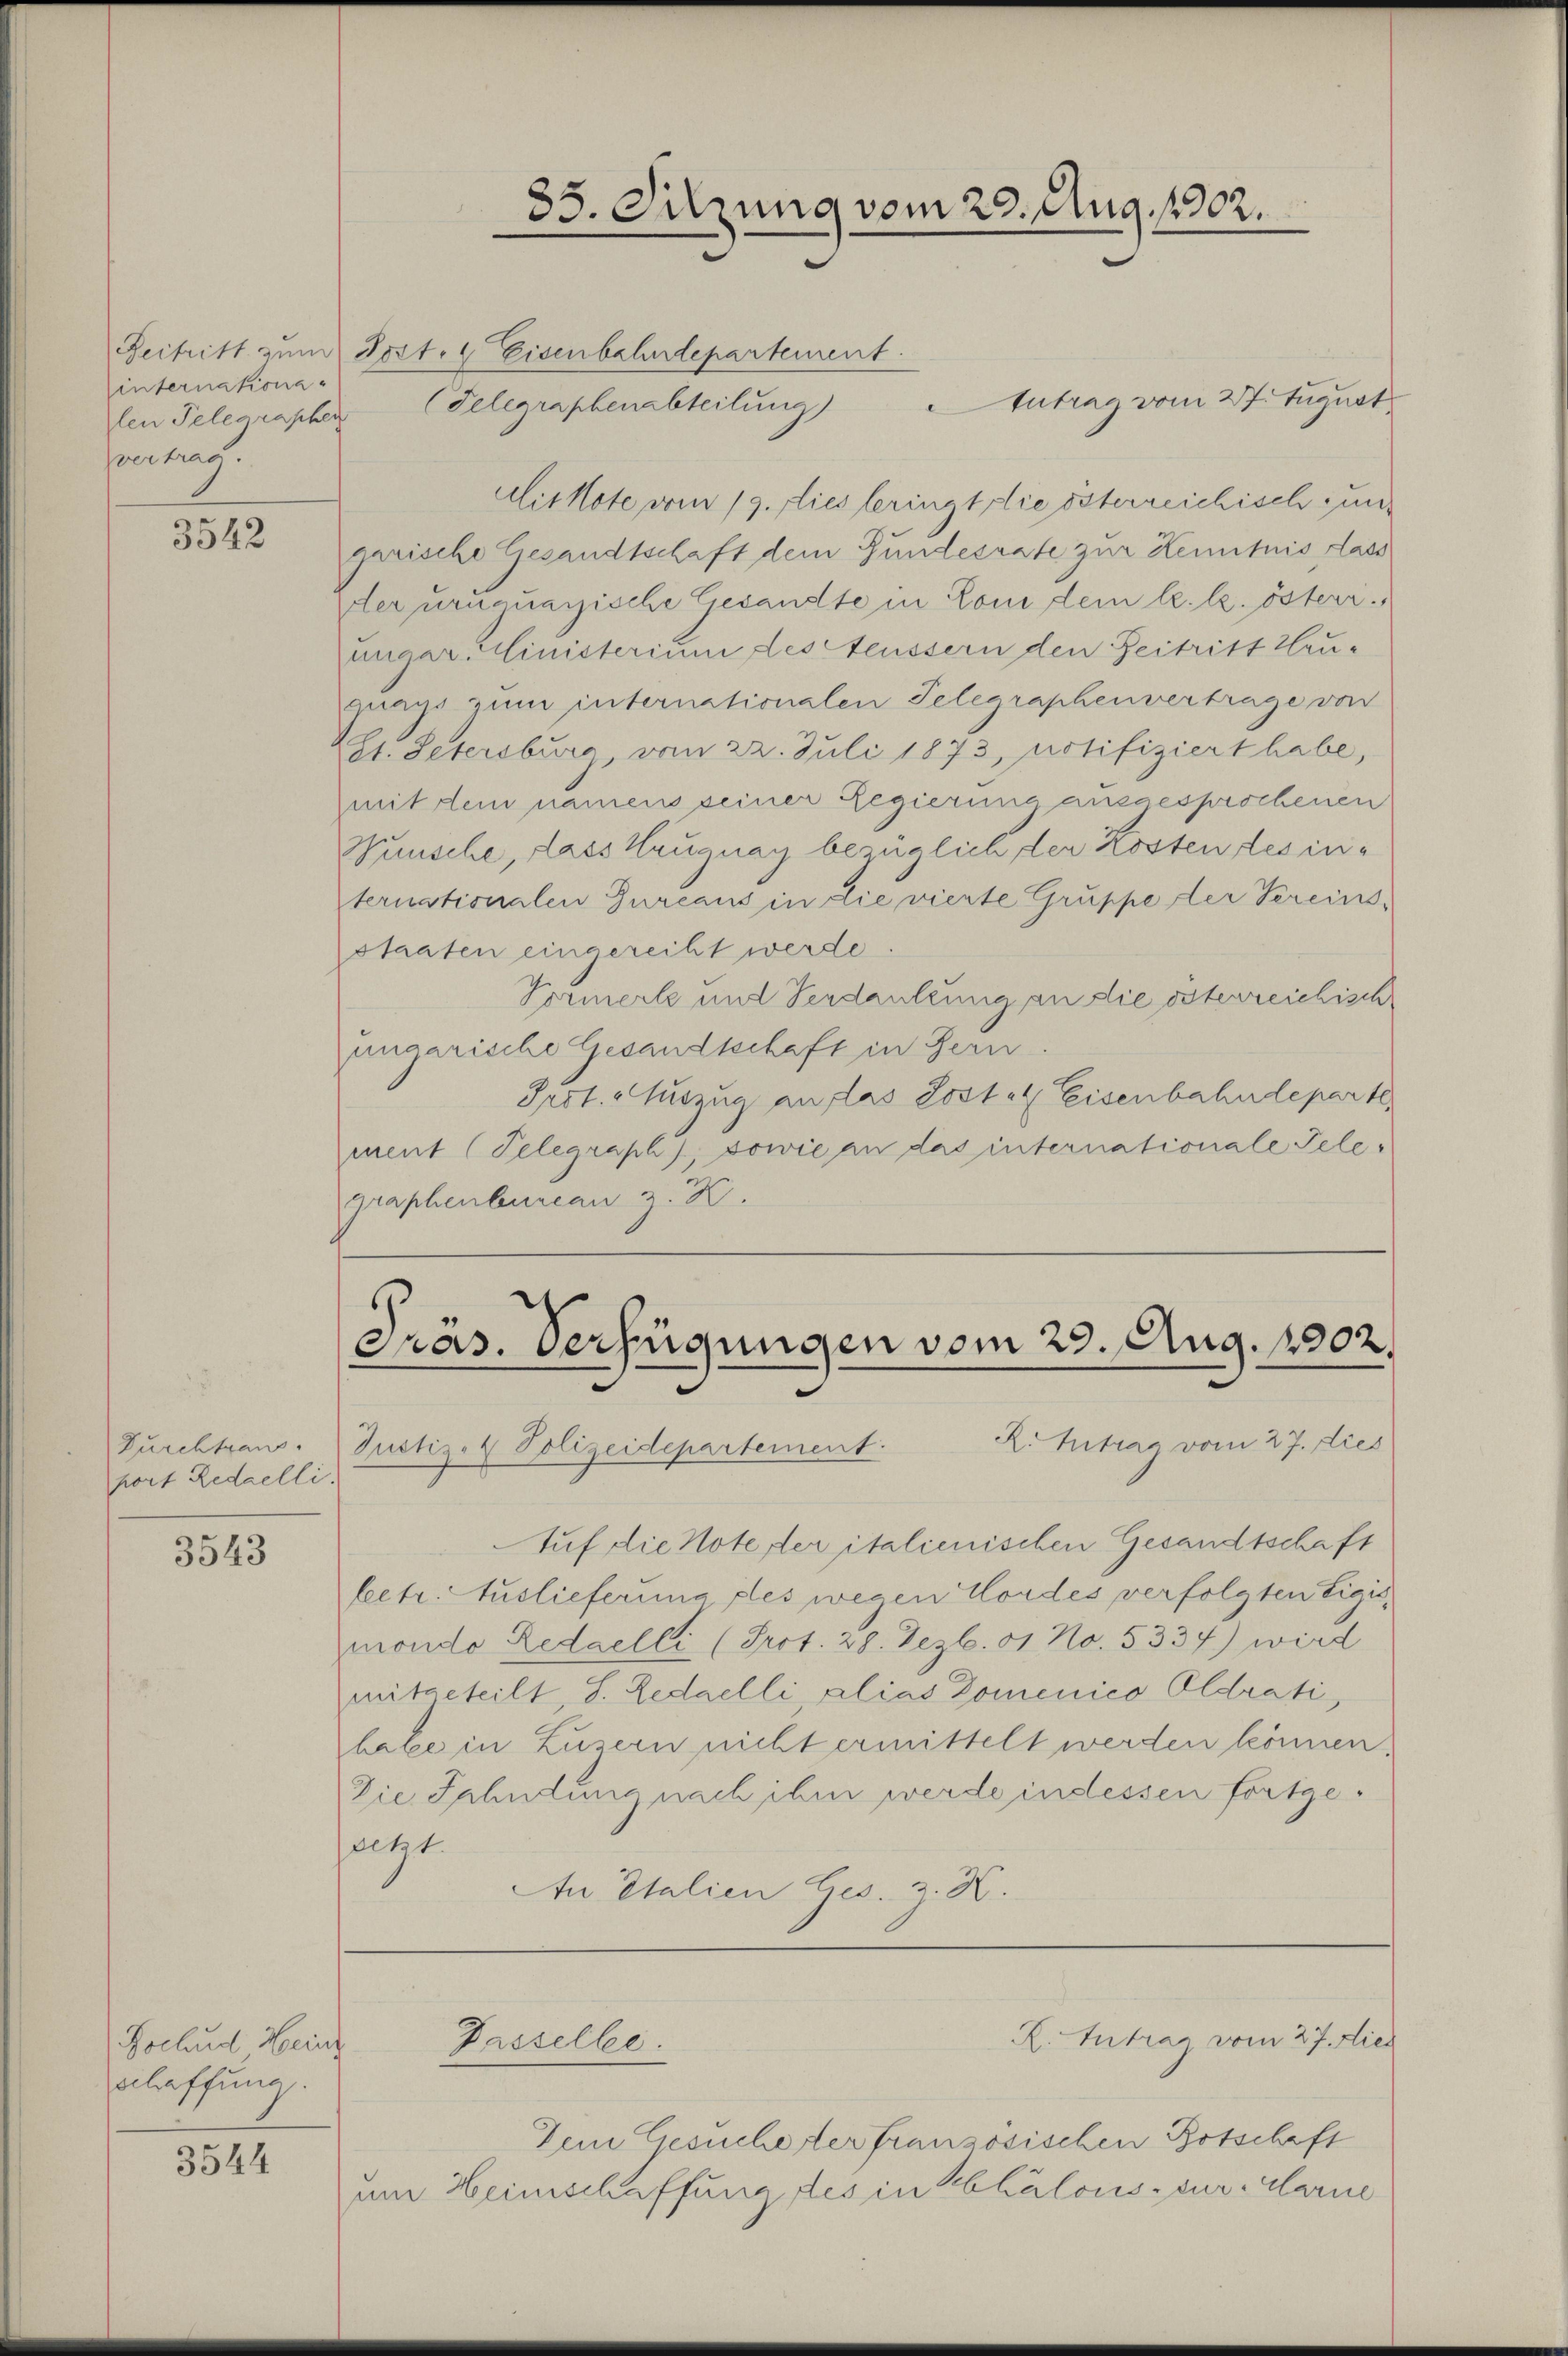
hinternationa
len Telegraphen
vertrag.

3542

Durchtrans
port Redaelli.

3543

Rochud Hein
schaffung.

3544

Beitritt zum Post. 4 Eisenbahndepartement.
Antrag vom 27. August
(Telegraphenabteilung)
Ait Note vom 19. Dies beringt die österreichisch zun
garische Gesandtschaft dem Gundesrate zur Kenntnis dass
der uruquarische Gesandte in Coni dem l. k. österr.
unger Ministerium des Aeussern den Zeitritt Heugangs zum internationalen Telegraphenvertrage von
ot. Petersburg, vom 22. Juli 1873, notifiziert habe,
mit dem namens seiner Regierung ansaesprochenen
Wünsche, dass truguay bezüglich den Kosten des internationalen Gureaus in die vierte Gruppe der Vereinsstaaten eingereiht werde
Vormerke und Verdankung an die österreichisch
ungarische Gesandtschaft in Gern.
Prot. Auszug an das Lost. Eisenbahndeparte
ment (Telegraph), sowie an das internationale Telegraphenbureau z. B.

Präs. Verfügungen vom 29. Aug. 1902.

Passelle.

35. Sitzung vom 29. Aug. 1902.

R. Intrag vom 27. dies
Justiz- & Polizeidepartement.
Auf die Note der italienischen Gesandtschaft
betr. Auslieferung des wegen Nordes verfolgten Eigis
mondo Zedaelli (Prot. 29. Dezb. 81. No. 5334) wird
mitgeteilt, S. Ledaelli, alias Domenico Oldrati,
habe in Luzern nicht ermittelt werden können.
Die Iphndung nach ihm werde indessen fortgeletzt.
An Italien Ges. z. H.

Dem Gesucheter französischen Botschaft
am Heimschaffung des in kalous-zur Alarie

R. Intrag vom 27. dies